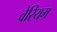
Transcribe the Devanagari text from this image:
वेरियम